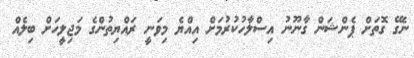
ނެގޭ ގޮތަށް ޕެންޝަން ގާނޫނު އިސްލާހުކުރުމަށް އިއްޔެ މިވަނީ ރައްޔިތުންގެ މަޖިލީހަށް ބިލެއް